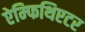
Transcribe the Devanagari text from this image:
ऐम्फिथिएटर